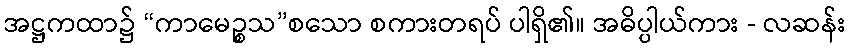
အဋ္ဌကထာ၌ “ကာမေဉ္စသ”စသော စကားတရပ် ပါရှိ၏။ အဓိပ္ပါယ်ကား - လဆန်း